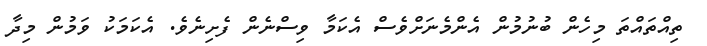
ތިއްތައްތަ މިހެން ބުނުމުން އެންމެނަށްވެސް އެކަމާ ވިސްނެން ފެށިނެވެ. އެކަމަކު ވަމުން މިދާ